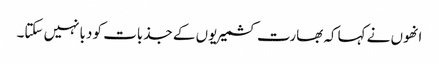
انھوں نے کہاکہ بھارت کشمیریوں کے جذبات کو دبانہیں سکتا۔